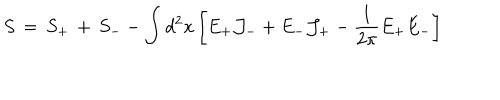
LaTeX: S \, = \, S _ { + } \, + \, S _ { - } - \int d ^ { 2 } x \left[ E _ { + } { \cal J } _ { - } + E _ { - } { \cal J } _ { + } - { \frac { 1 } { 2 \pi } } E _ { + } E _ { - } \right]